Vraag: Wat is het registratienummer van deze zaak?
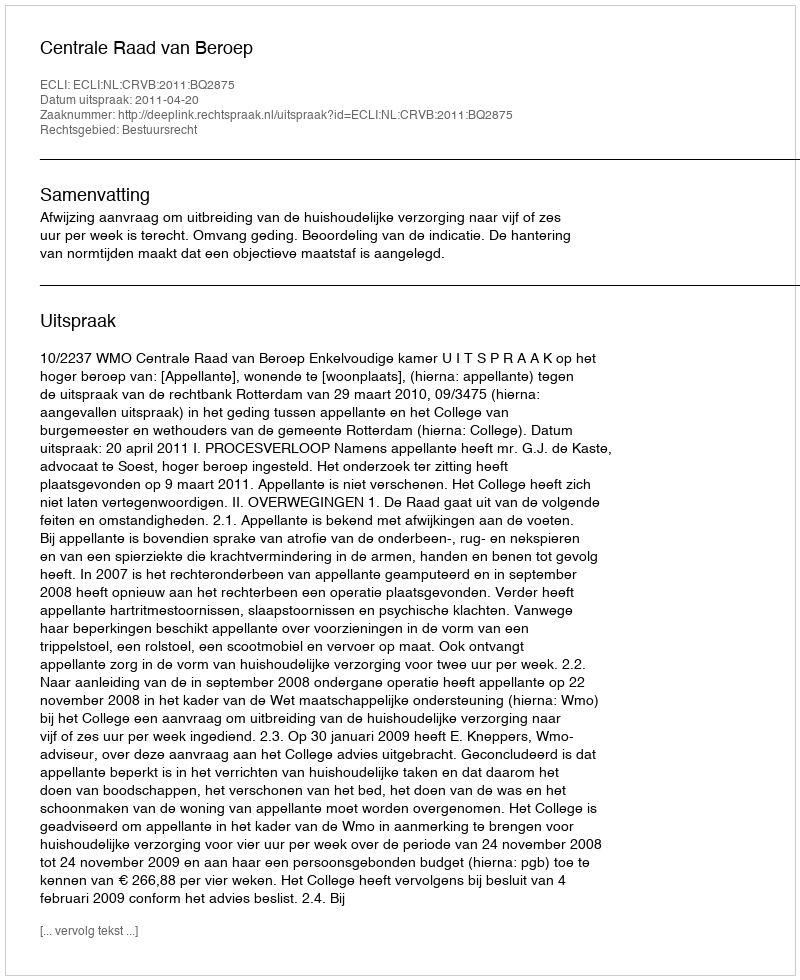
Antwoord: http://deeplink.rechtspraak.nl/uitspraak?id=ECLI:NL:CRVB:2011:BQ2875